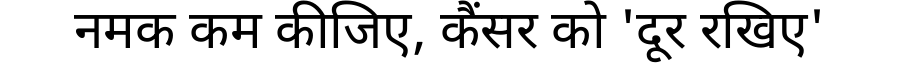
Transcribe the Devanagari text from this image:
नमक कम कीजिए, कैंसर को 'दूर रखिए'